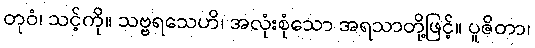
တုဝံ၊ သင့်ကို။ သဗ္ဗရသေဟိ၊ အလုံးစုံသော အရသာတို့ဖြင့်။ ပူဇိတာ၊